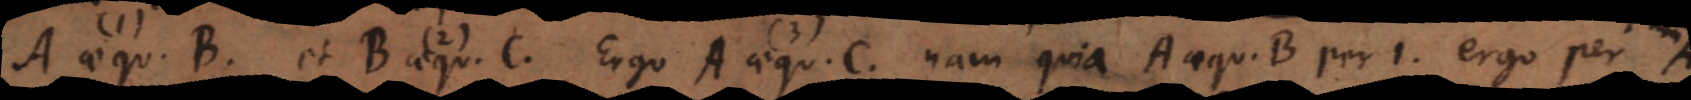
aequ. B et B aequ. C. Ergo A aequ. C. Nam quia A aequ. B per 1, ergo per